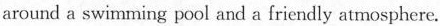
around a swimming pooi snd a friendly aimosphere.